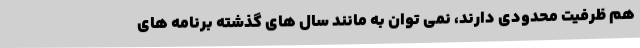
هم ظرفیت محدودی دارند، نمی توان به مانند سال های گذشته برنامه های